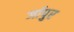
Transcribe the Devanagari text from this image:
र्जापुर